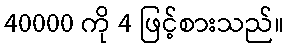
40000 ကို 4 ဖြင့်စားသည်။